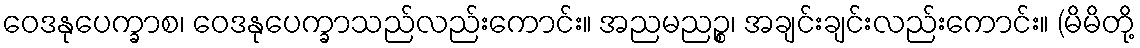
ဝေဒနုပေက္ခာစ၊ ဝေဒနုပေက္ခာသည်လည်းကောင်း။ အညမညဉ္စ၊ အချင်းချင်းလည်းကောင်း။ (မိမိတို့